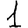
Digit: 1